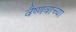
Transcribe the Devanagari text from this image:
वैष्णवांच्या